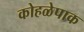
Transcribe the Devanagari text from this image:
कोहळेपाक